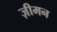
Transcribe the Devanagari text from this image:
ज़ीमन